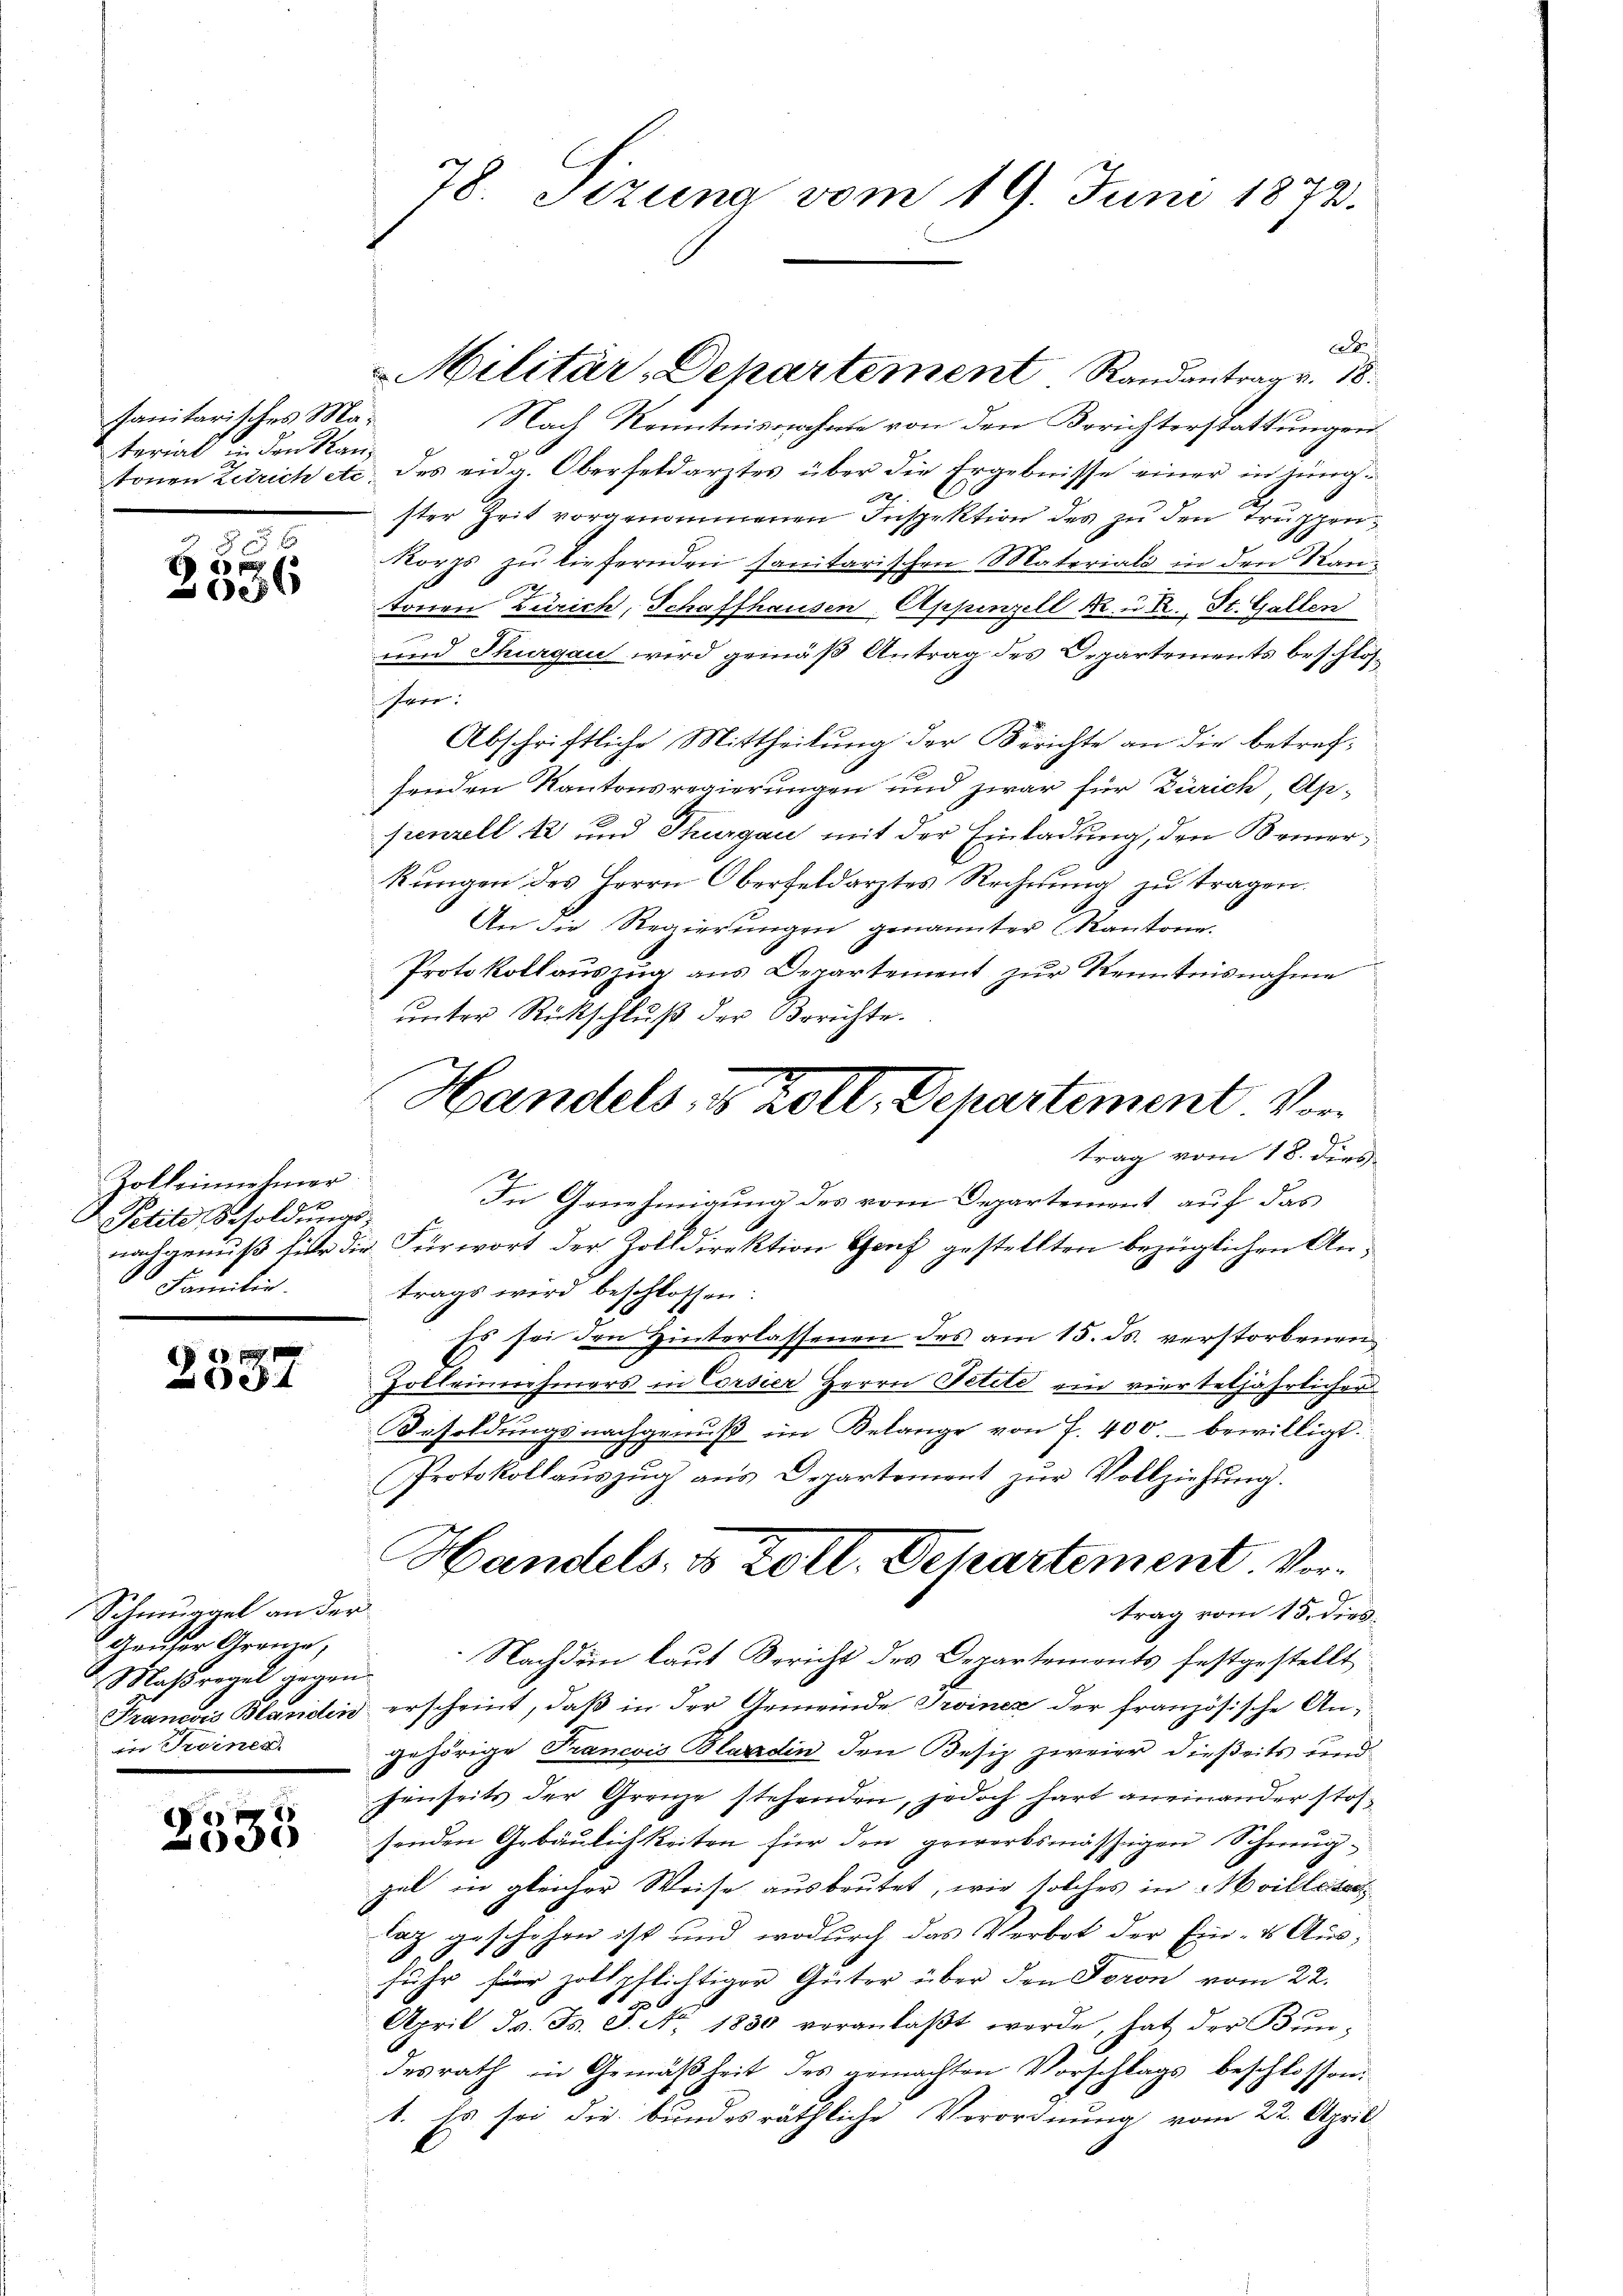
sanitarites Material d. den Kantonen Zutrich etc

x
S)
8.
s
e

Zolkennehmer
Petite Besoldungs-
nachgenuß fülle die
Familie.

A 11. 191
es

Schmungel an der
Gauder Grenze,
Massregel gegen
Francois Blanider
in Seiner

e
036

78. Sizung vom 19. Juni 1873.

at
Nach Kenntnisnahme von den Berichterstattungen
des eidg. Oberfeldarztes über die Ergebnisse einer in tüngster Zeit vorgenommenen Inspektion des zu den Truppen
korps zu liefernden sanitarischen Materiali in den Kan¬
22
ronen Zürich, Schaffhausen, Appenzell R. u. R., St. Gallen
und Thurgau wird gemäß Antrag des Departements beschloster
Abschriftliche Mittheilung der Berichte an die betrefsenden Kantonsregierungen und zwar für Zürich Ap-
sienzell 12 und Thurgau mit der Einladung, den Bemerkungen des Herrn Oberfeldarztes Rechnung zu tragen.
An die Regierungen genannter Kantone.
Protokoll auszug aus Departement zur Kenntnisnahme
ŭnter Rückschlŭβ der Berichte.
trag vom 18. dies
In Genehmigung des vom Departement, auf das
 Fürwort der Zolldirektion Genf gestellten bezüglichen Antrags wird beschlossen:
Es sei den Hinterlassenen des am 15. ds. verstorbenen
Zolleinehmers in Corsier Herrn Petild ein vierteljährlichen
esoldungsnachgenuß im Belange von 7. 400. bewilligt.
Protokollaŭszŭg ans Departement zŭr Vollziehŭng.
Handels- & Zoll. Departement Vertrag vom 15. dies
Nachdem laut Bericht des Departements festgestellt
erscheint, daß in der Gemeinde Troinez der französische An-
gehörige Francois Blaradin den Besiz zweier dießeits und
senseits der Grenze stehenden, jedoch hart aneinander stohsenden Gebäulichkeiten für den gewerbsmäßigen Schmugzal in gleicher Weise ausbeutet, wie solches in Mevilleter
laz geschehen ist und wodurch das Verbot der Ein- & Ausfuhr für zollpflichtiger Güter über den Toron vom 22.
April Js. Bd. 3. No. 1830 veranlaβt werde, hat der Bundesrath in Gemäßheit des gemachten Vorschlags beschlossen:
1. Es sei die bundesräthliche Verordnung vom 22. April

Militär, Departement Randantrag v. 18.

Handels- & Zoll, Departement. Vor¬